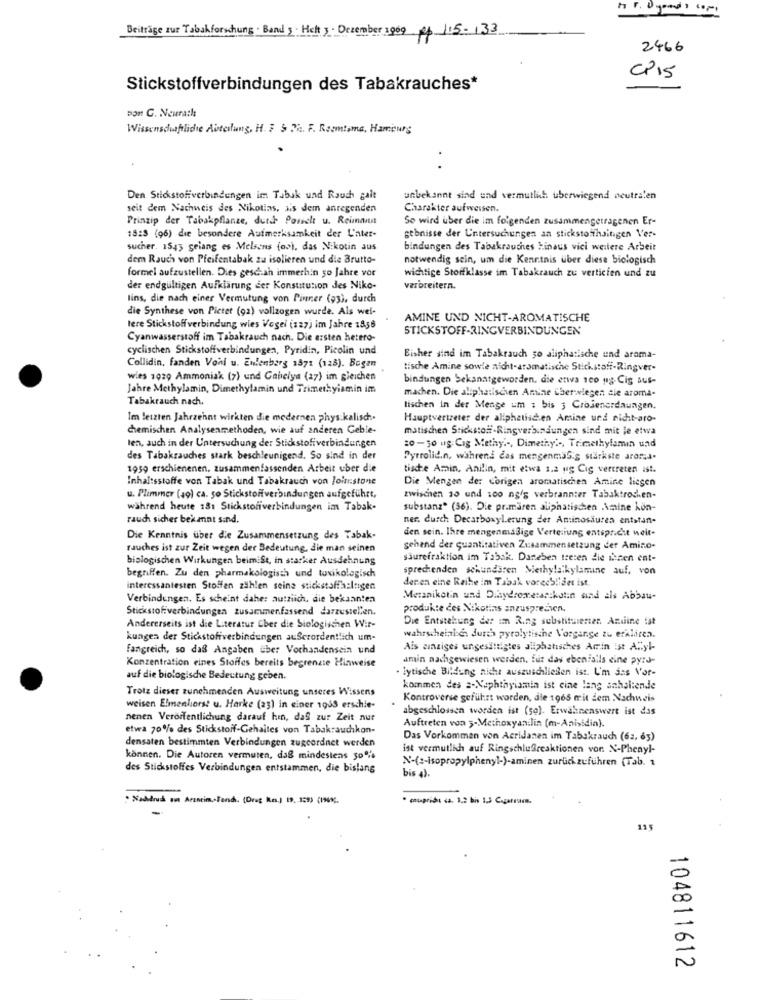
Beiträge sur Tabakforschung. Band 5. Helt 3 . Dezember 1909 R$ 115-133
2466
CP15
Stickstoffverbindungen des Tabakrauches*
bon C. Neurath
Wissenschaftliche Abteilung, H. F & Th. F. Roomtama, Hamburg
Den Stickstoffverbindungen im Tabuk und Rauch gait
unbekannt sind und vermutlich überwiegend neutralen
seit dem Nachweis des Nikotins, ais dem anregenden
Charakter aufweisen.
Prinzip der Tabakpflanze, duth Porich u. Reimann
So wird uber die im folgenden zusammengetragenen Er-
15:3 (96) die besondere Aufmerksamkeit der L'nter-
gebnisse der Untersuchungen an stickstoffhaitigen Ver-
sucher. 1543 gelang es Melsens (os), das Nikotin sus
bindungen des Tabakrauches hinaus vici weitere Arbeit
dem Rauch von Pfeifentabak zu isolieren und die Brutto-
notwendig sein, um die Kenntnis uber diese biologisch
formel aufzustellen. Dies geschah immerhin 50 Jahre vor
wichtige Storfklasse im Tabakrauch zu verticien und zu
der endgültigen Aufklärung der Konstitution des Niko-
verbreitern.
lins, die nach einer Vermutung von Pinner (93), durch
die Synthese von Pictet (92) vollzogen wurde. Als wef-
AMINE UND NICHT-AROMATISCHE
lere Stickstoffverbindung wies Vogel (127) im Jahre 1856
STICKSTOFF-RINGVERBINDUNGEN
Cyanwasserstoff im Tabakrauch nach. Die ersten hetero-
cyclischen Stickstoffverbindungen, Pyridin, Picolin und
Bisher sind im Tabakrauch so aliphatische und arama-
Collidin, fanden Vonl u. Enlenborg 1871 (125). Bogen
tische Amine sowie nicht-aromatische Stickstoff-Ringver-
wies 1029 Ammoniak (7) und Ganciym (27) im gleichen
bindungen bekanntgeworden, die etwa sco ug Cig aus-
Jahre Methylamin, Dimethylamin und Trimetkyiamin im
machen. Die aliphatiscien Amine Cherwiegen sie aroma-
Tabakrauch nach.
tischen In der Menge um : bis 3 Crojenerdaungen.
Im letzten Jahrzehnt wirkten die modernen physikalisch.
Hauptvertreter der aliphatisc.en Amine und nicht-aro-
chemischen Analysenmethoden, wie auf anderen Geble-
matischen Stickstoff-Ringverbindungen sind mit le etwa
len, auch in der Untersuchung de: Stickstoffverbindungen
20-30 ug Cig Methy .-, Dimethy' -, Trimethylamin und
des Tabakrauches stark beschleunigend. So sind in der
Pyrrolid.n, während das mengenmaSig stärkste aromas.
1959 erschienenen. zusammenfassenden Arbeit uber die
tische Amin, Anilin, mit etwa 1.2 ug Cig vertreten ist.
Inhaltsstoffe von Tabak und Tabakrauch von Joinstone
Die Mengen de: corigen aromatischen Amine liegen
u. Plimmer (49) ca. 50 Stickstoffverbindungen aufgeführt,
zwischen 30 und 100 ng/s verbrannter Tabaktrochen-
während heute 181 Stickstoriverbindungen im Tabak-
substanz" (36). Die primären aliphatischen Amine kon-
rauch sicher bekannt sind.
ner, durch Decarboxyl.erung der Aminosäuren entstan-
den sein. Ihre mengenmaßige Verteilung entspricht weit-
Die Kenntnis über die Zusammensetzung des Tabak-
rauches ist zur Zeit wegen der Bedeutung, die man seinen
gehend der quantitativen Zusammensetzung der Amino-
biologischen Wirkungen beimiSt, in starker Ausdehnung
säurefraktion im Tabak. Daneben treten die inen ent-
sprechenden schundsiren Methylalkylamine auf, von
begriffen. Zu den pharmakologisch und toxikologisch
denen eine Reihe im Tabak vorechlider ist.
interessantesten Stoffen zählen seine stickstoffa:ltigen
Verbindungen. Es scheint daher autriich, die bekannten
Meranikotin und Dihydrometastkolin and als Abbau-
Stickstoffverbindungen zusammenfassend darzustellen.
produkte des Nikotins anzusprechen.
Die Entstehung der im Ring substituierten. Andine ist
Andererseits ist die Literatur Cher die Siologischen Wir-
kungen der Stickstoffverbindungen außerordentlich um-
wahrscheinlich. durch pyrolytische Vorgar.se zu eralicea.
Fangreich, so daß Angaben ther Vorhandensein und
Ais einziges ungesättigtes allphatisches Arin ist Alyl-
amin nachgewiesen werden, fur das ebenfalls eine pyro-
Konzentration eines Stoffes bereits begrenzte Hinweise
lytische Bildung nicht auszuschließen ist. I'm sas Vor-
auf die biologische Bedeutung geben.
Trotz dieser zunehmenden Ausweitung unseres Wissens
kommen des 2-Naphthyiamin ist cine lang anhaltende
Kontroverse geführt worden, die 1965 mit dem Nachweis
weisen Elmenhorst u. Harke (23) in einer 1933 erschie-
abgeschlossen worden ist (so). Erwähnenswert ist das
nenen Veröffentlichung darauf hin, das zur Zeit nur
etwa 70% des Stickstoff-Gehaltes von Tabakrauchkon-
Auftreten von 3-Methoxyanilin (m-Anisidin).
Das Vorkommen von Acridanen im Tabakrauch (62, 63)
densaten bestimmten Verbindungen zugeordnet werden
ist vermutlich auf Ringschlußreaktionen von N-Phenyl-
können. Die Autoren vermuten, daß mindestens 50%
N-( =- isopropylphenyl-)-aminen zurückzuführen (Tab. 1
des Stickstoffes Verbindungen entstammen, die bislang
bis 4)
115
104811612